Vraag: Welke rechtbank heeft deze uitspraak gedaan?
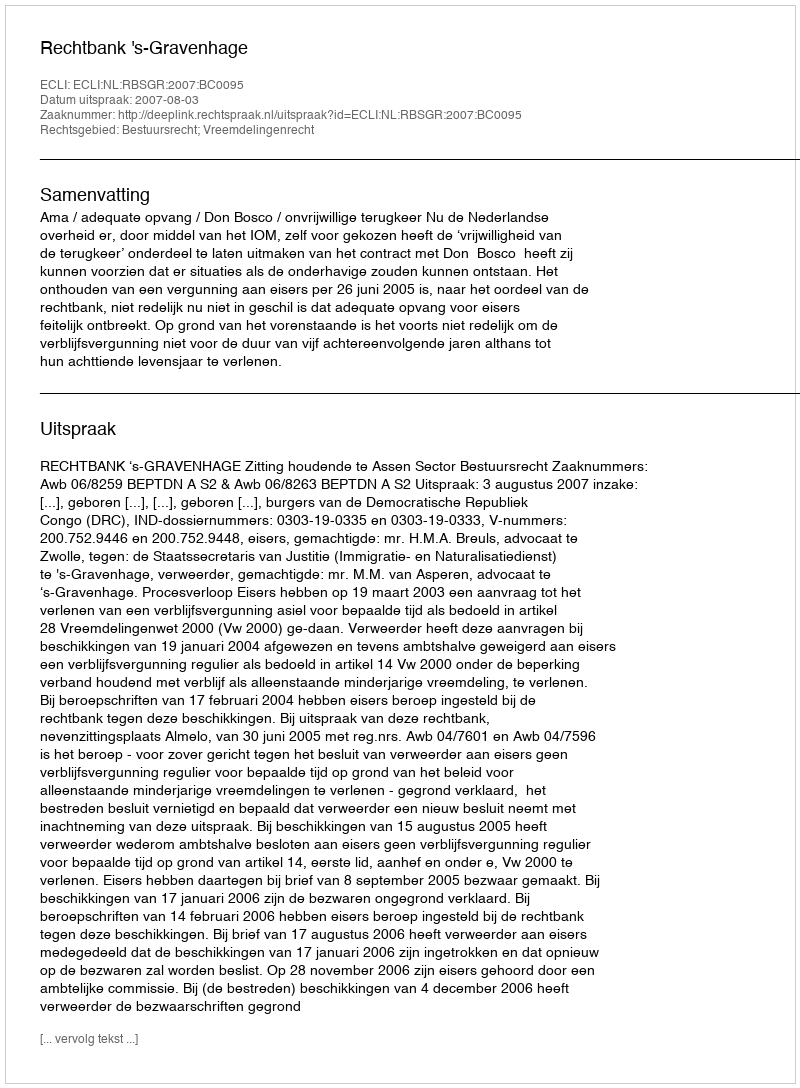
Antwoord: Rechtbank 's-Gravenhage